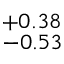
_ { - 0 . 5 3 } ^ { + 0 . 3 8 }